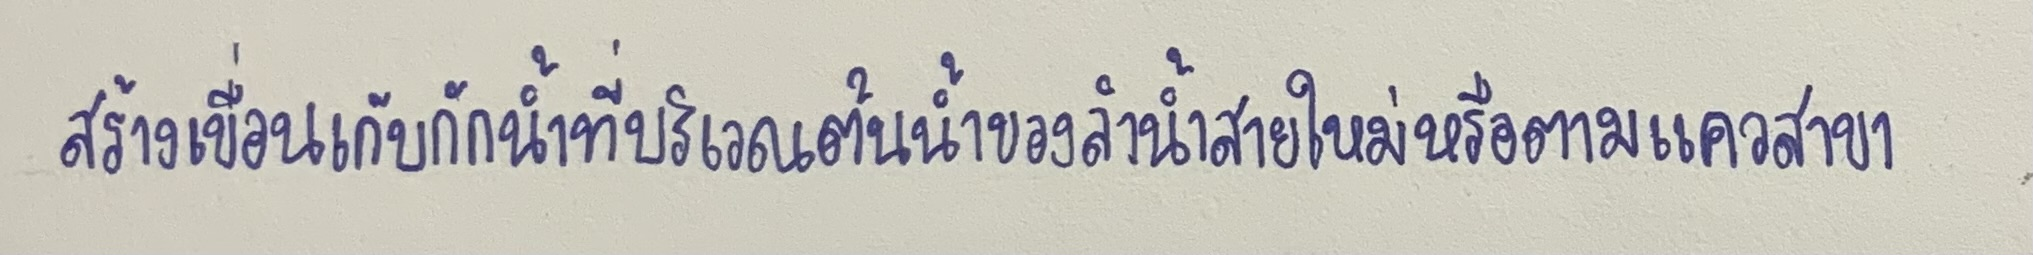
สร้างเขื่อนเก็บกักน้ำที่บริเวณต้นน้ำของลำน้ำสายใหม่หรือตามแควสาขา